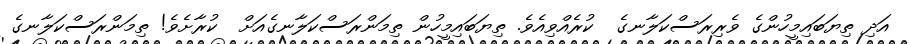
އަދި ތިޔަބައިމީހުންގެ ވެރިރަސްކަލާނގެ  ކުރެއްވިއެވެ. ތިޔަބައިމީހުން ތިމަންރަސްކަލާނގެއަށް  ކުރާށެވެ! ތިމަންރަސްކަލާނގެ